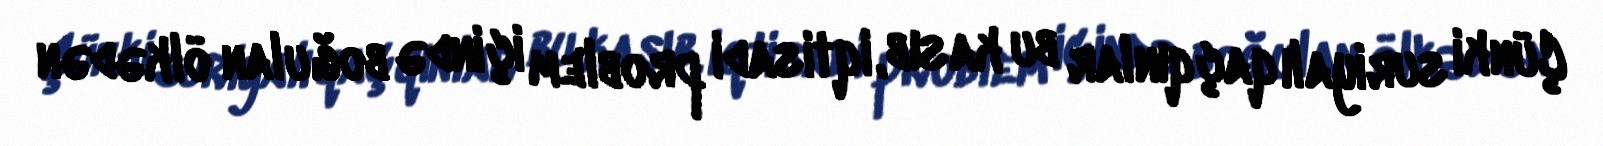
Çünki suriyalı qaçqınlar bu kasıb, iqtisadi problem içində boğulan ölkədən